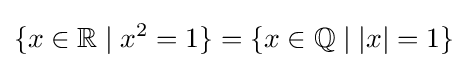
\{x\in \mathbb {R} \mid x^{2}=1\}=\{x\in \mathbb {Q} \mid |x|=1\}